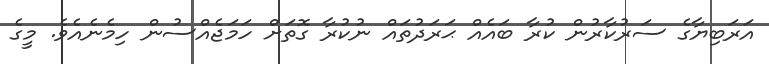
އަރަބިޔާގެ ސަރުކާރުން ކުރާ ބައެއް ޙަރަދުތައް ނުކުރާ ގޮތަށް ހަމަޖެއްސުން ހިމެނެއެވެ. މީގެ